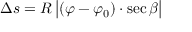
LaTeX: \Delta s = R \, { \big | } ( \varphi - \varphi _ { 0 } ) \cdot \sec \beta { \big | }